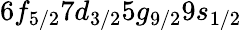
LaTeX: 6f_{5/2}7d_{3/2}5g_{9/2}9s_{1/2}